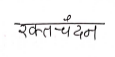
मजकूर: रक्तचंदन